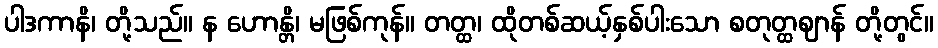
ပါဒကာနိ၊ တို့သည်။ န ဟောန္တိ၊ မဖြစ်ကုန်။ တတ္ထ၊ ထိုတစ်ဆယ့်နှစ်ပါးသော စတုတ္ထဈာန် တို့တွင်။